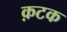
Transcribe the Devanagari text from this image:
क़टक